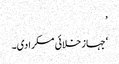
’
‘جہاز خلائی مسکرا دی۔